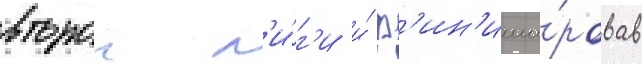
второи л'и́г'и и́ ф'ин'иши́ровав